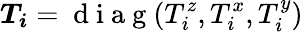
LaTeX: \boldsymbol{T_{i}}=\mathrm{~d~i~a~g~}(T_{i}^{z},T_{i}^{x},T_{i}^{y})